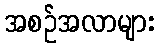
အစဉ်အလာများ